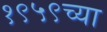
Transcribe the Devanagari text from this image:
१९५९च्या